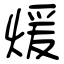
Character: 煖